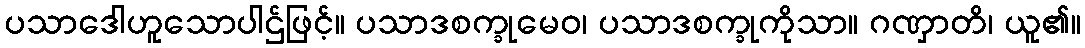
ပသာဒေါဟူသောပါဌ်ဖြင့်။ ပသာဒစက္ခုမေဝ၊ ပသာဒစက္ခုကိုသာ။ ဂဏှာတိ၊ ယူ၏။